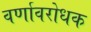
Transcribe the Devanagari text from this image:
वर्णावरोधक